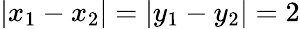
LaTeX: |x_{1}-x_{2}|=|y_{1}-y_{2}|=2